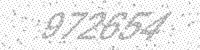
Solution: 972654